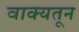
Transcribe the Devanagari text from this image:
वाक्यतून